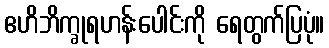
ဧဟိဘိက္ခုရဟန်းပေါင်းကို ရေတွက်ပြပုံ။